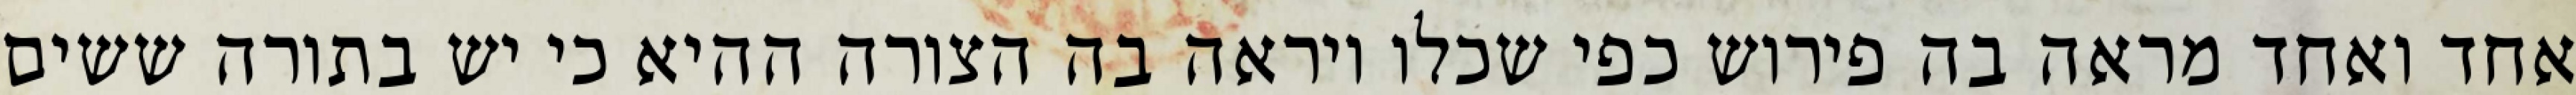
אחד ואחד מראה בה פירוש כפי שכלו ויראה בה הצורה ההיא כי יש בתורה ששים